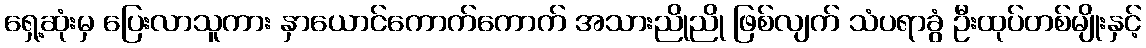
ရှေ့ဆုံးမှ ပြေးလာသူကား နှာယောင်ကောက်ကောက် အသားညိုညို ဖြစ်လျက် သံပရာခွံ ဦးထုပ်တစ်မျိုးနှင့်